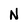
Character: N